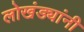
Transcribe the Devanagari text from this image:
लोखंड्यांनी